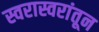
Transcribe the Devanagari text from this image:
स्वरास्वरांतून